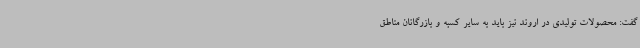
گفت: محصولات تولیدی در اروند نیز باید به سایر کسبه و بازرگانان مناطق